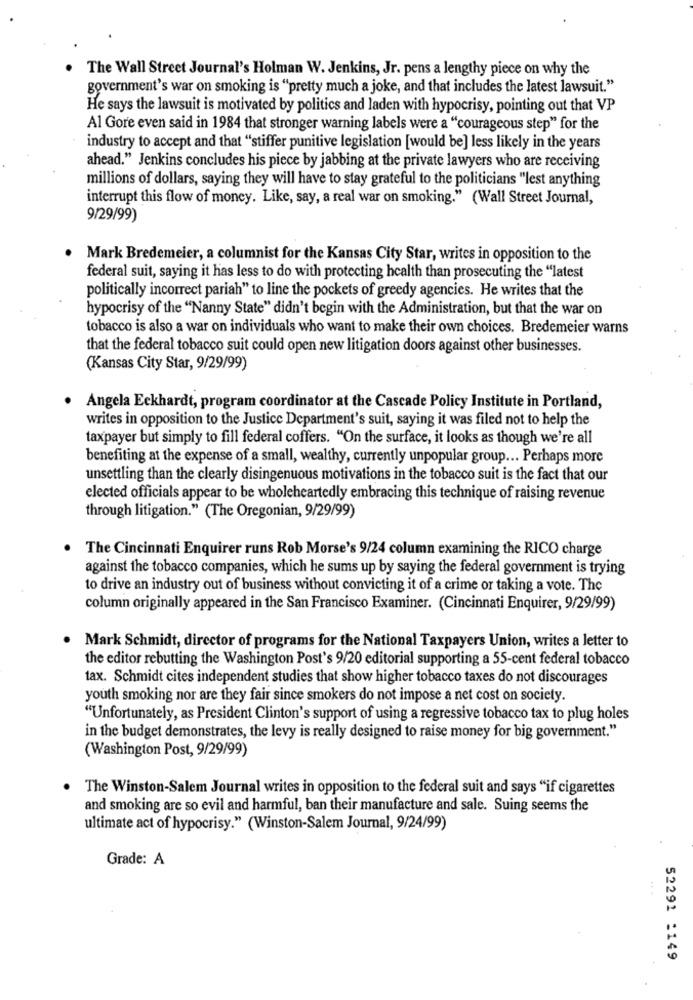
The Wall Street Journal's Holman W. Jenkins, Jr. pens a lengthy piece on why the
government's war on smoking is "pretty much a joke, and that includes the latest lawsuit."
He says the lawsuit is motivated by politics and laden with hypocrisy, pointing out that VP
Al Gore even said in 1984 that stronger warning labels were a "courageous step" for the
industry to accept and that "stiffer punitive legislation [would be] less likely in the years
ahead." Jenkins concludes his piece by jabbing at the private lawyers who are receiving
millions of dollars, saying they will have to stay grateful to the politicians "lest anything
interrupt this flow of money. Like, say, a real war on smoking." (Wall Street Journal,
9/29/99)
Mark Bredemeier, a columnist for the Kansas City Star, writes in opposition to the
federal suit, saying it has less to do with protecting health than prosecuting the "latest
politically incorrect pariah" to line the pockets of greedy agencies. He writes that the
hypocrisy of the "Nanny State" didn't begin with the Administration, but that the war on
tobacco is also a war on individuals who want to make their own choices. Bredemeier warns
that the federal tobacco suit could open new litigation doors against other businesses.
(Kansas City Star, 9/29/99)
Angela Eckhardt, program coordinator at the Cascade Policy Institute in Portland,
writes in opposition to the Justice Department's suit, saying it was filed not to help the
taxpayer but simply to fill federal coffers. "On the surface, it looks as though we're all
benefiting at the expense of a small, wealthy, currently unpopular group ... Perhaps more
unsettling than the clearly disingenuous motivations in the tobacco suit is the fact that our
elected officials appear to be wholeheartedly embracing this technique of raising revenue
through litigation." (The Oregonian, 9/29/99)
The Cincinnati Enquirer runs Rob Morse's 9/24 column examining the RICO charge
against the tobacco companies, which he sums up by saying the federal government is trying
to drive an industry out of business without convicting it of a crime or taking a vote. The
column originally appeared in the San Francisco Examiner. (Cincinnati Enquirer, 9/29/99)
Mark Schmidt, director of programs for the National Taxpayers Union, writes a letter to
the editor rebutting the Washington Post's 9/20 editorial supporting a 55-cent federal tobacco
tax. Schmidt cites independent studies that show higher tobacco taxes do not discourages
youth smoking nor are they fair since smokers do not impose a net cost on society.
"Unfortunately, as President Clinton's support of using a regressive tobacco tax to plug holes
in the budget demonstrates, the levy is really designed to raise money for big government."
(Washington Post, 9/29/99)
. The Winston-Salem Journal writes in opposition to the federal suit and says "if cigarettes
and smoking are so evil and harmful, ban their manufacture and sale. Suing seems the
ultimate act of hypocrisy." (Winston-Salem Journal, 9/24/99)
Grade: A
52292 1149